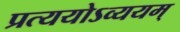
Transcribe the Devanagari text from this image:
प्रत्ययोऽव्ययम्